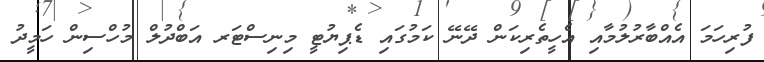
ފުރިހަމަ އެއްބާރުލުމާއި އެހީތެރިކަން ދޭނޭ ކަމުގައި ޑެޕިޔުޓީ މިނިސްޓަރ އަބްދުލް މުހްސިން ހަމީދު